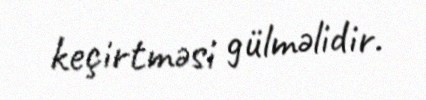
keçirtməsi gülməlidir.